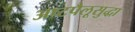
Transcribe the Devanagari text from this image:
अष्टपैलूसुद्धा